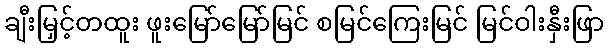
ချီးမြှင့်တထူး ဖူးမြော်မြော်မြင် စမြင်ကြေးမြင် မြင်ဝါးနှီးဖြာ